Plague in India, 1896, 1897 - Volume 1
Year: 1896
Disease focus: Plague
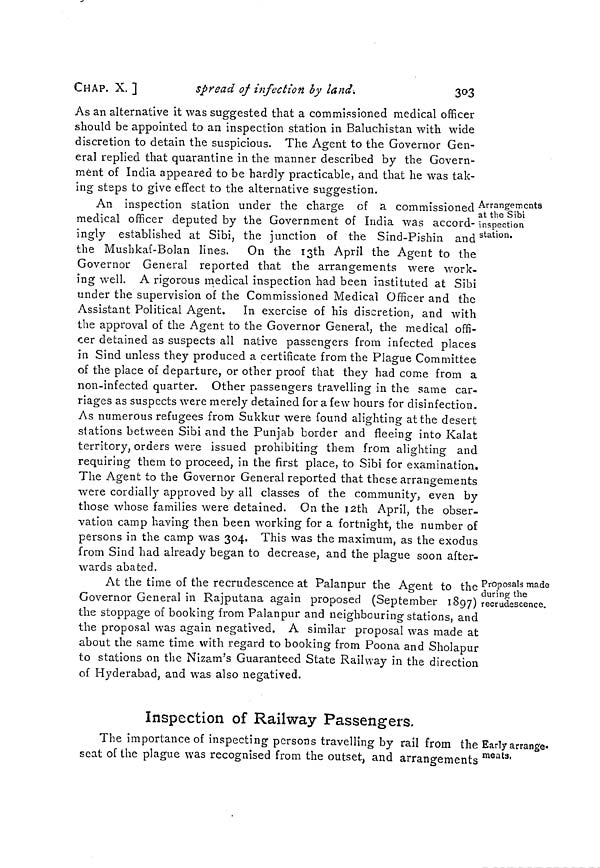
CHAP. X. ]
spread of infection by land.
303
As an alternative it was suggested that a commissioned medical officer
should be appointed to an inspection station in Baluchistan with wide
discretion to detain the suspicious. The Agent to the Governor Gen-
eral replied that quarantine in the manner described by the Govern-
ment of India appeared to be hardly practicable, and that he was tak-
ing steps to give effect to the alternative suggestion.
Arrangements
at the Sibi
inspection
station.
An inspection station under the charge of a commissioned
medical officer deputed by the Government of India was accord-
ingly established at Sibi, the junction of the Sind-Pishin and
the Mushkaf-Bolan lines. On the 13th April the Agent to the
Governor General reported that the arrangements were work-
ing well. A rigorous medical inspection had been instituted at Sibi
under the supervision of the Commissioned Medical Officer and the
Assistant Political Agent. In exercise of his discretion, and with
the approval of the Agent to the Governor General, the medical offi-
cer detained as suspects all native passengers from infected places
in Sind unless they produced a certificate from the Plague Committee
of the place of departure, or other proof that they had come from a
non-infected quarter. Other passengers travelling in the same car-
riages as suspects were merely detained for a few hours for disinfection.
As numerous refugees from Sukkur were found alighting at the desert
stations between Sibi and the Punjab border and fleeing into Kalat
territory, orders were issued prohibiting them from alighting and
requiring them to proceed, in the first place, to Sibi for examination.
The Agent to the Governor General reported that these arrangements
were cordially approved by all classes of the community, even by
those whose families were detained. On the 12th April, the obser-
vation camp having then been working for a fortnight, the number of
persons in the camp was 304. This was the maximum, as the exodus
from Sind had already began to decrease, and the plague soon after-
wards abated.
Proposals made
during the
recrudescence.
At the time of the recrudescence at Palanpur the Agent to the
Governor General in Rajputana again proposed (September 1897)
the stoppage of booking from Palanpur and neighbouring stations, and
the proposal was again negatived. A similar proposal was made at
about the same time with regard to booking from Poona and Sholapur
to stations on the Nizam's Guaranteed State Railway in the direction
of Hyderabad, and was also negatived.
Inspection of Railway Passengers.
Early arrange-
meats.
The importance of inspecting persons travelling by rail from the
seat of the plague was recognised from the outset, and arrangements